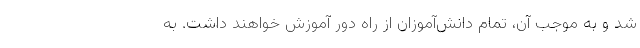
شد و به موجب آن، تمام دانش‌آموزان از راه دور آموزش خواهند داشت. به